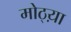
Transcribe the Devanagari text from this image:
मोठ्य़ा